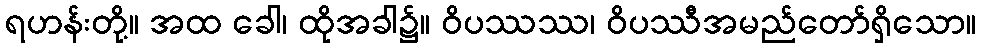
ရဟန်းတို့။ အထ ခေါ၊ ထိုအခါ၌။ ဝိပဿဿ၊ ဝိပဿီအမည်တော်ရှိသော။